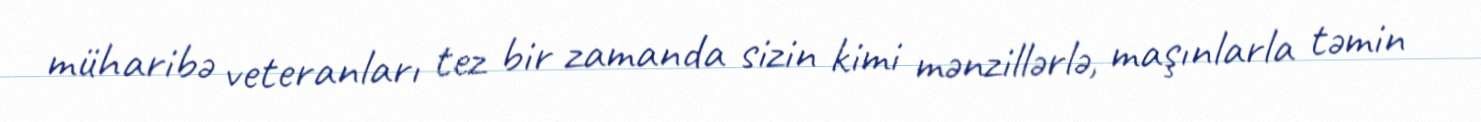
müharibə veteranları tez bir zamanda sizin kimi mənzillərlə, maşınlarla təmin